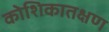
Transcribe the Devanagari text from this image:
कोशिकातक्षण